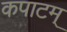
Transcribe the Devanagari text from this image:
कपाटम्